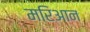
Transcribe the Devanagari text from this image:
मरिआन